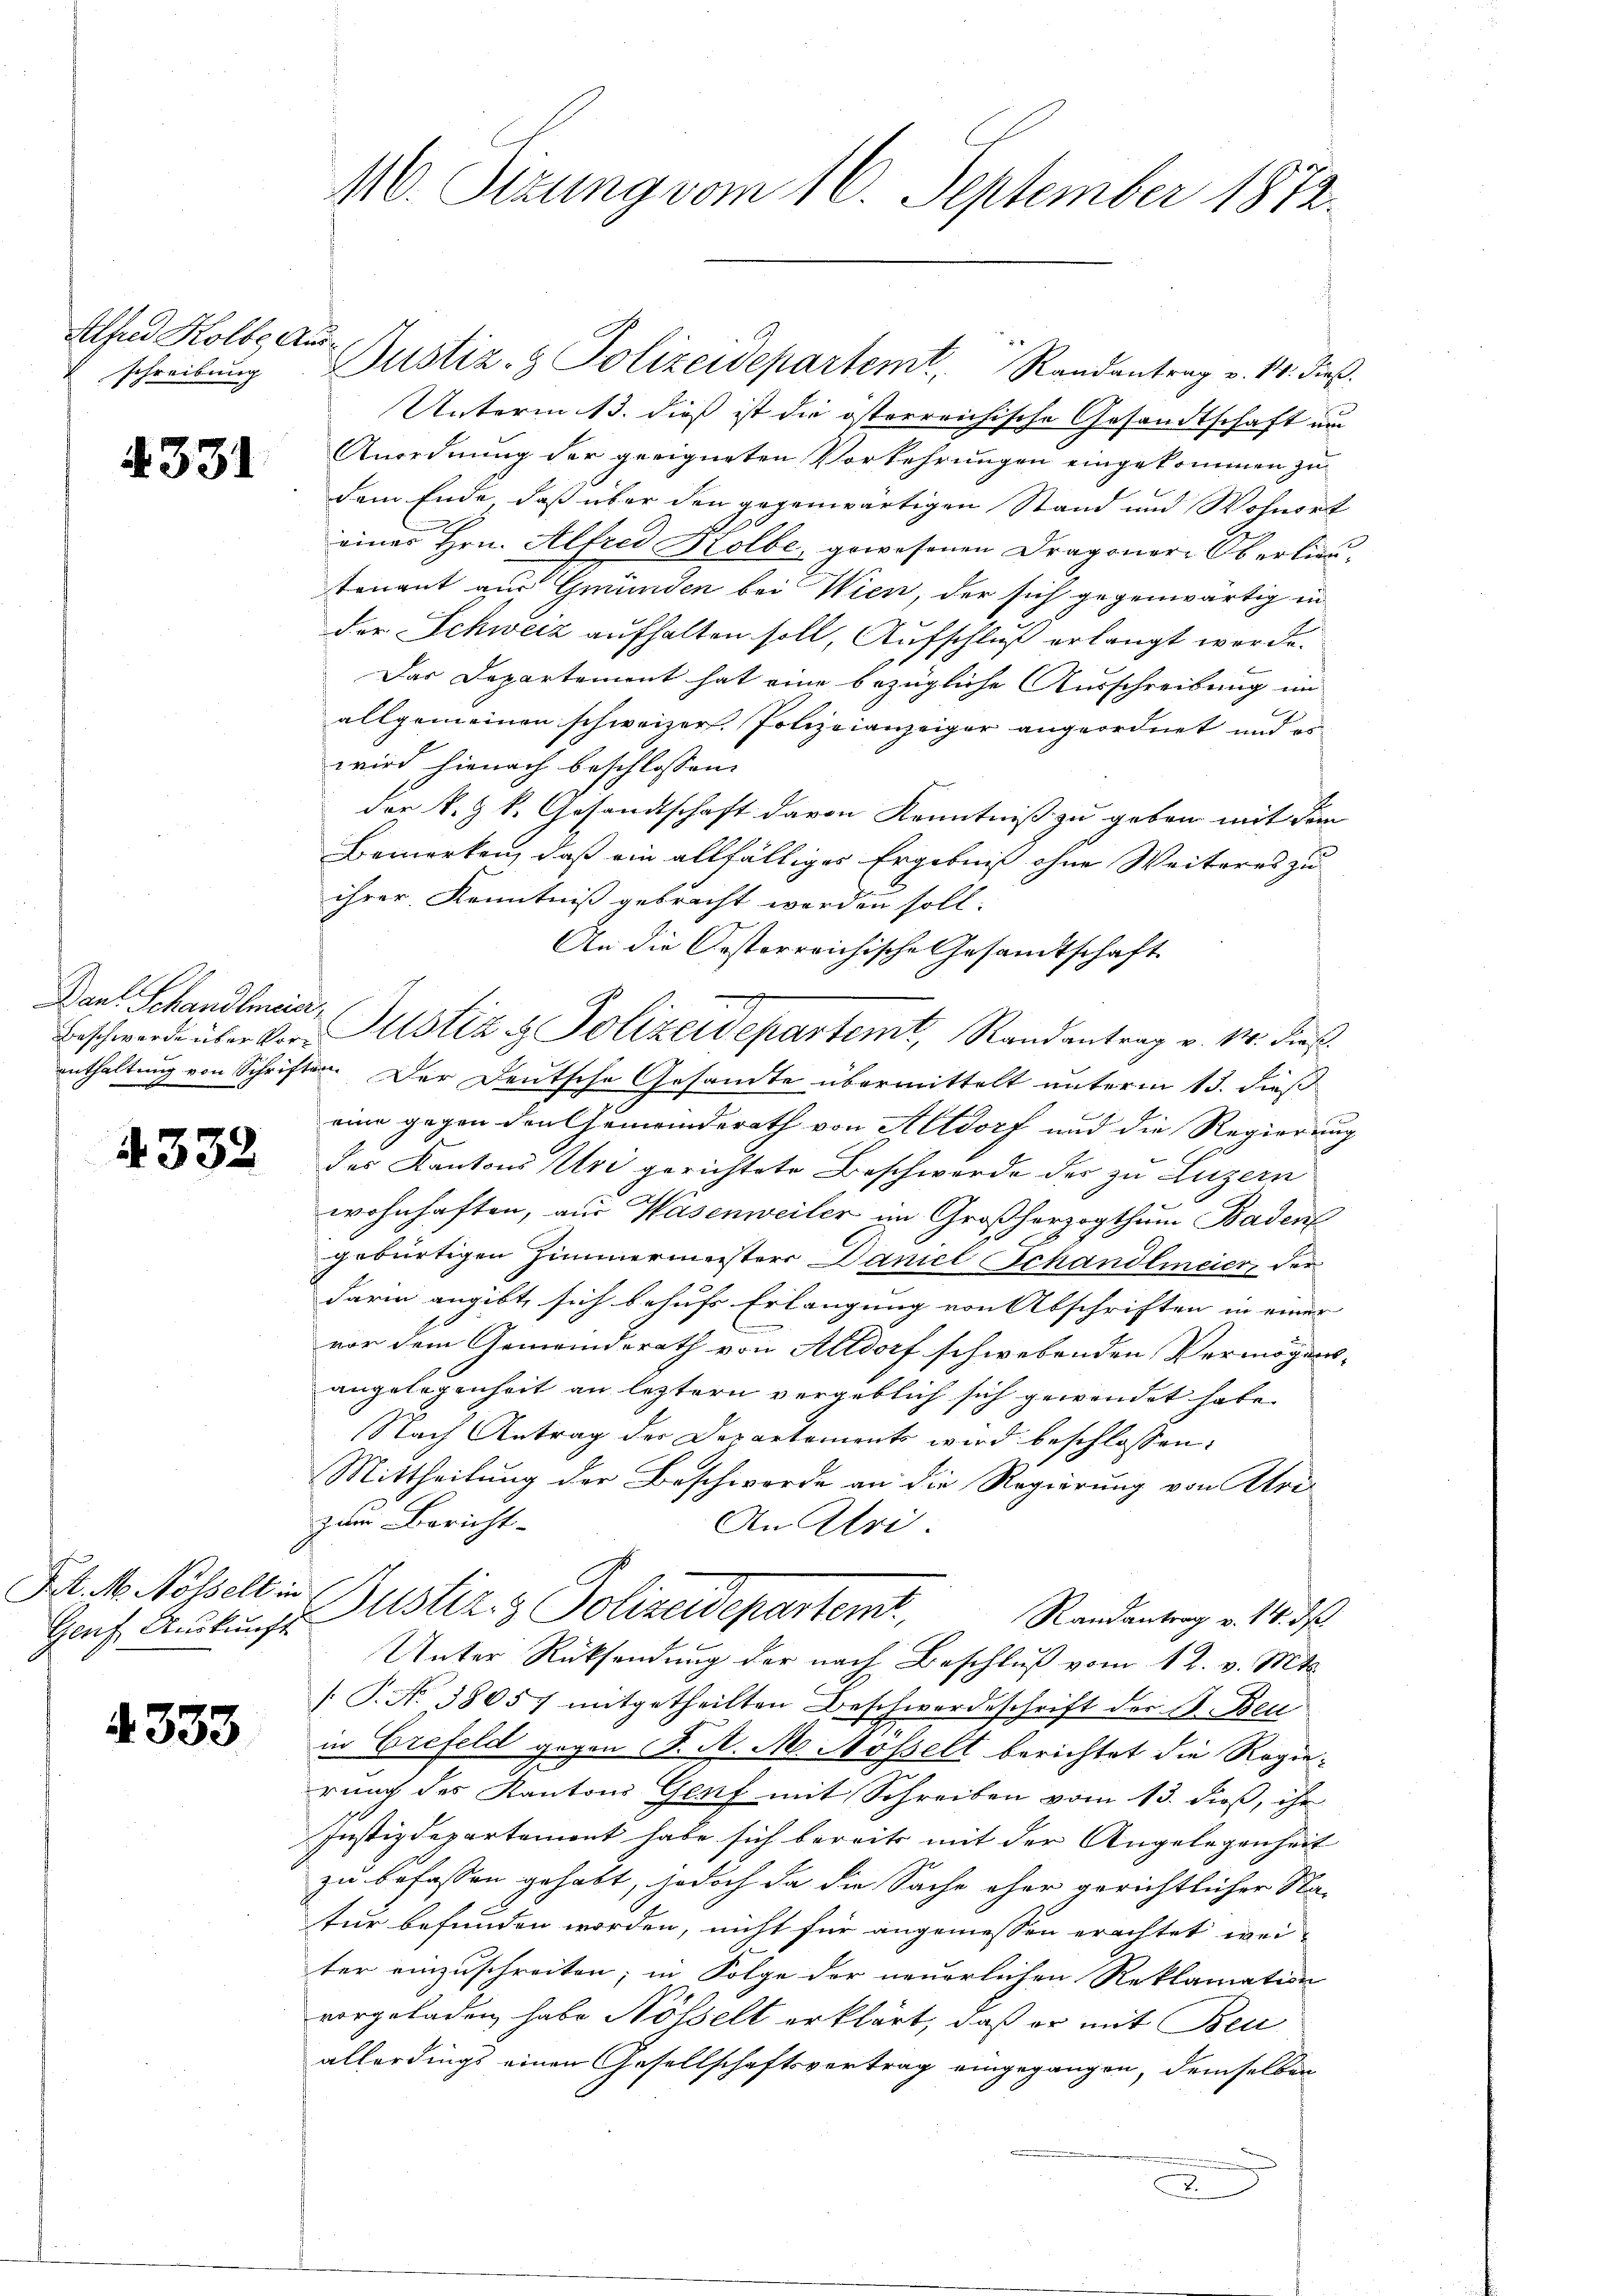
Alfred Holbe Ausschreibung

4331

Baul Schandlmia,

4332

Genf, Auskunft

4333

Justiz- & Polizeidepartem Randantrag v. 14. dieß.
Unterm 13. dies ist die österreichische Gesandtschaft un
Anordnung der geeigneten Vorkehrungen eingekommen zu
dem Ende, daß über den gegenwärtigen Stand und Wohnort
eines Hrn. Alfred Holbe, gewesenen Dragoner Oberlieutenant aus Gründen bei Wien, der sich gegenwärtig in
der Schweiz aufhalten soll, Aufschluß erlangt werde.
Das Departement hat eine bezügliche Ausschreibung im
allgemeinen schweizer. Polizeianzeiger angeordnet und es
wird hienach beschlossen:
der k. k. Gesandtschaft davon Kenntniß zu geben mit dem
Bemerken, daß ein allfälliges Ergebniß ohne Weiteres zu
ihrer Kenntniß gebracht worden soll.
An die Oesterreichische Gesandtschaft
Beschwerde über vor Mustiz & Polizeidepartemt, Randantrag v. M. dieß.
enthaltung von Schriften. Der Deutsche Gesandte übermittelt unterm 13. dieß
eine gegen den Gemeinderath von Altdorf und die Regierung
des Kantons Uri gerichtete Beschwerde des zu Luzern
wohnhaften, aus Wasenweiler im Großherzogthum Baden
gebürtigen Zimmermeisters Daniel Schandlmeier, der
darin angibt sich behufs Erlangung von Abschriften in einer
vor dem Gemeindsrath von Altdorf schwebenden Vermögens-
angelegenheit an letztern vergeblich sich gewendet habe.
Nach Antrag der Departements wird beschlossen:
Mittheilung der Beschwerde an die Regierung von Uri
zum Bericht-
An Uri
Pet. N. Nösselt. Gustiz & Polizeidepartem
Randantrag v. 14. ds.
Unter Rücksendung der nach Beschluß vom 12. v. Mts.
/. P. N. 38057 mitgetheilten Beschwerdeschrift der B. Beu
in Erefeld gegen K. A. M. Möselt berichtet die Regierung des Kantons Genf mit Schreiben vom 13. dieß, ihr
Justizdepartement habe sich bereits mit der Angelegenheit
zu befassen gehabt, jedoch da die Sache ohne gerichtlicher Na-
tur befunden worden, nicht für angemessen erachtet wei-
ter einzuschreiten; in Folge der neuerlichen Reklamation
vorgeladen habe Nösselt erklärt, daß er mit Ben
allerdings einen Gesellschaftsvertrag eingegangen, demselben
2

M. Sitzung vom 16. September 1872.